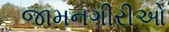
જામનગીરીઓ